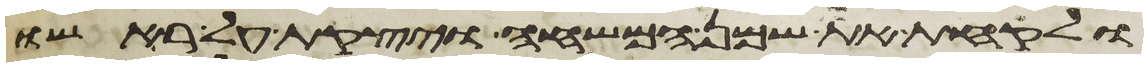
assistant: ולקחת את שמן המשחה ויצקת על ראשו